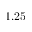
1 . 2 5